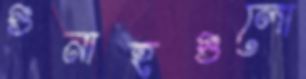
গুনাহগুলো